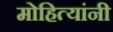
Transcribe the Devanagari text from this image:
मोहित्यांनी